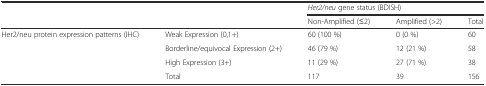
| <ROWSPAN=2-COLSPAN=2>  | <COLSPAN=3> Her2/neu gene status (BDISH) |
 | Non-Amplified (≤2) | Amplified (>2) | Total |
 | --- | --- | --- | --- | --- |
 | <ROWSPAN=4> Her2/neu protein expression patterns (IHC) | Weak Expression (0,1+) | 60 (100 %) | 0 (0 %) | 60 |
 | Borderline/equivocal Expression (2+) | 46 (79 %) | 12 (21 %) | 58 |
 | High Expression (3+) | 11 (29 %) | 27 (71 %) | 38 |
 | Total | 117 | 39 | 156 |